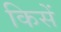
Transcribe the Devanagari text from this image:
किसें